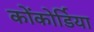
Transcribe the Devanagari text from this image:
कोंकोर्डिया